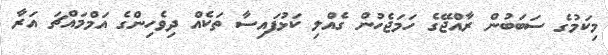
މިކަމުގެ ސަބަބުން ރާއްޖޭގެ ހަމަޖެހުން ގެއްލި ކަޅުފައިސާ ތަކެއް ދިވެހިންގެ އަމްމައްޗަ އަރާ